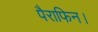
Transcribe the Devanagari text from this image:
पैराफिन।